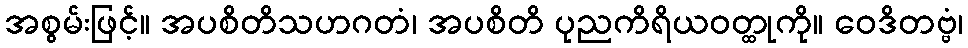
အစွမ်းဖြင့်။ အပစိတိသဟဂတံ၊ အပစိတိ ပုညကိရိယဝတ္ထုကို။ ဝေဒိတဗ္ဗံ၊